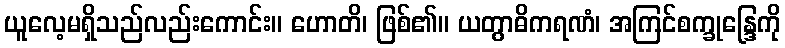
ယူလေ့မရှိသည်လည်းကောင်း။ ဟောတိ၊ ဖြစ်၏။ ယတွာဓိကရဏံ၊ အကြင်စက္ခုန္ဒြေကို